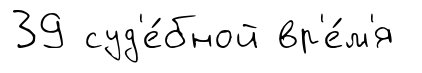
39 суд'е́бной вр'е́м'я